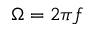
\Omega = 2 \pi f